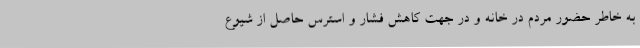
به خاطر حضور مردم در خانه و در جهت کاهش فشار و استرس حاصل از شیوع